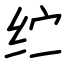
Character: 纻